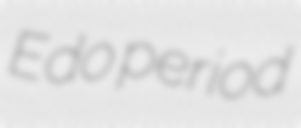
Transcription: Edo period